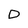
Character: D